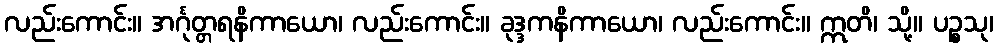
လည်းကောင်း။ အင်္ဂုတ္တရနိကာယော၊ လည်းကောင်း။ ခုဒ္ဒကနိကာယော၊ လည်းကောင်း။ ဣတိ၊ သို့။ ပဉ္စသု၊